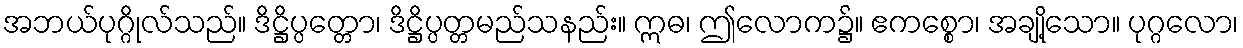
အဘယ်ပုဂ္ဂိုလ်သည်။ ဒိဋ္ဌိပ္ပတ္တော၊ ဒိဋ္ဌိပ္ပတ္တမည်သနည်း။ ဣဓ၊ ဤလောက၌။ ဧကစ္စော၊ အချို့သော။ ပုဂ္ဂလော၊